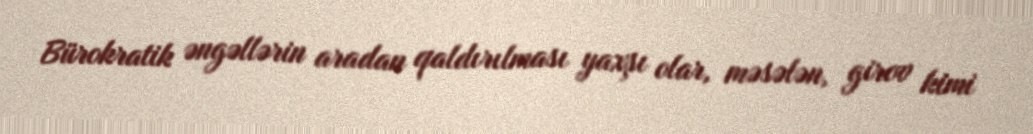
Bürokratik əngəllərin aradan qaldırılması yaxşı olar, məsələn, girov kimi